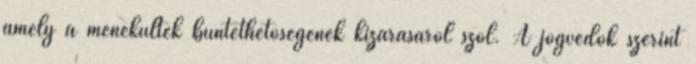
amely a menekültek büntethetőségének kizárásáról szól. A jogvédők szerint